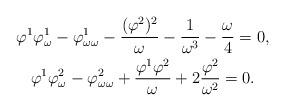
LaTeX: \begin{gather*}\varphi^1\varphi^1_\omega-\varphi^1_{\omega\omega}-\frac{(\varphi^2)^2}{\omega}-\frac1{\omega^3}-\frac\omega4=0,\\\varphi^1\varphi^2_\omega-\varphi^2_{\omega\omega}+\frac{\varphi^1\varphi^2}{\omega}+2\frac{\varphi^2}{\omega^2}=0.\end{gather*}